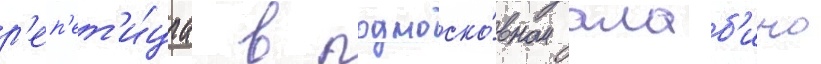
р'еп'ет'и́циа в подмоско́вном алаб'ино